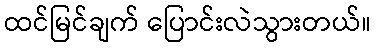
ထင်မြင်ချက် ပြောင်းလဲသွားတယ်။